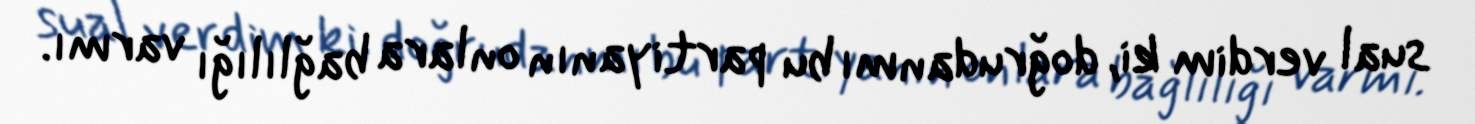
sual verdim ki, doğrudanmı bu partiyanın onlara bağlılığı varmı.